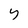
Character: y